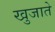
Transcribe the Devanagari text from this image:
खुजाते